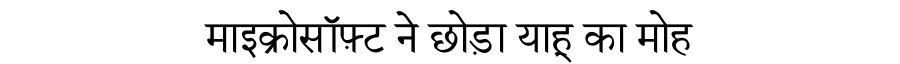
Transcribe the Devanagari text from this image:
माइक्रोसॉफ़्ट ने छोड़ा याहू का मोह